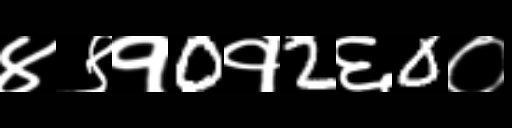
Text: ४९१0१2६0०